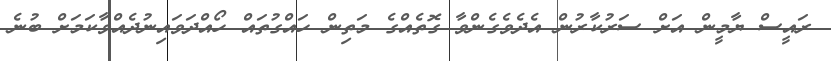
ރައީސް ޔާމީން އަށް ސަރުކާރުން އެދެވެގެންވާ ގޮތެއްގެ މަތިން ހައްގުތައް ހޯއްދަވައިނުދެއްވާކަމަށް ބުނެ